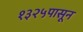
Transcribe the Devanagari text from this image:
१३२५पासून